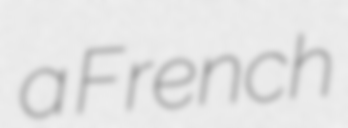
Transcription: a French